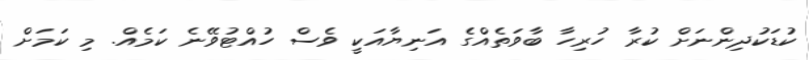
ކުޑަކުދިންނަށް ކުރާ ހުރިހާ ބާވަތެއްގެ އަނިޔާއަކީ ވެސް ހުއްޓުވޭނެ ކަމެއް. މި ކަމަށް